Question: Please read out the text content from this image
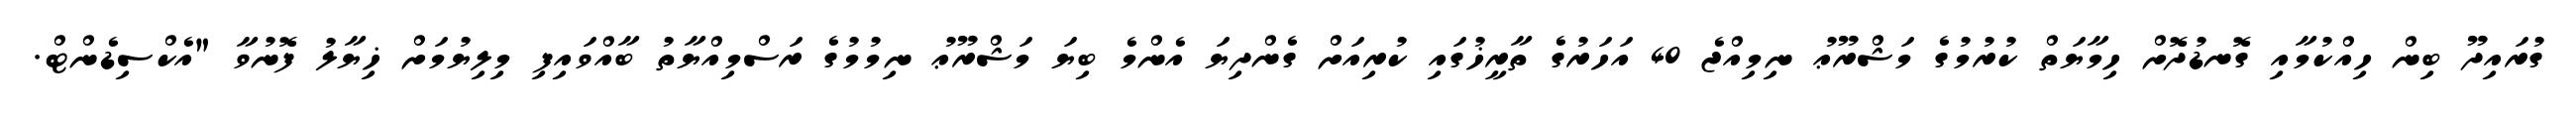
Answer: ގުރައިދޫ ބިން ހިއްކުމާއި ގޮނޑުދޮށް ހިމާޔަތް ކުރުމުގެ މަޝްރޫޢު ނިމިއްޖެ 40 އަހަރުގެ ތާރީޚުގައި ކުރިއަށް ގެންދިޔަ އެންމެ ބިޔަ މަޝްރޫޢު ނިމުމުގެ ރަސްމިއްޔާތު ބާއްވައިފި މިލިޔުމަށް ޚިޔާލު ފޮނުވާ "އެކްސިޑެންޓް.